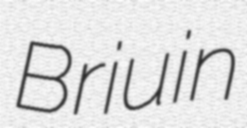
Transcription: Briuin